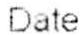
DATE :